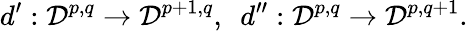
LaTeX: d^{\prime}:{\cal D}^{p,q}\rightarrow{\cal D}^{p+1,q},\ \ d^{\prime\prime}:{\cal D}^{p,q}\rightarrow{\cal D}^{p,q+1}.